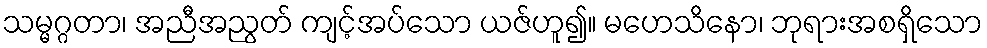
သမ္မဂ္ဂတာ၊ အညီအညွတ် ကျင့်အပ်သော ယဇ်ဟူ၍။ မဟေသိနော၊ ဘုရားအစရှိသော